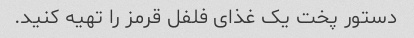
دستور پخت یک غذای فلفل قرمز را تهیه کنید.